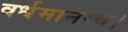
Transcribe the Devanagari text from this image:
वर्धमानष्च।